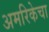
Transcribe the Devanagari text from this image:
अमरिकेचा